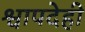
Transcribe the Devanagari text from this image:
श्वापदेही